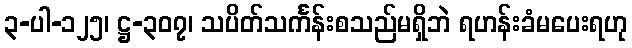
၃-ပါ-၁၂၅၊ ဋ္ဌ-၃၀၇၊ သပိတ်သင်္ကန်းစသည်မရှိဘဲ ရဟန်းခံမပေးရဟု